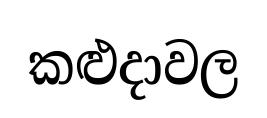
කළුදාවල